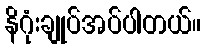
နိဂုံးချုပ်အပ်ပါတယ်။